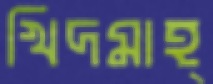
খিদমাহ্